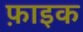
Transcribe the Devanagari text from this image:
फ़ाइक